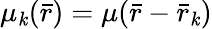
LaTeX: \mu_{\mathit{k}}({\bar{{r}}})=\mu({\bar{{r}}}-{\bar{{r}}}_{\mathit{k}})